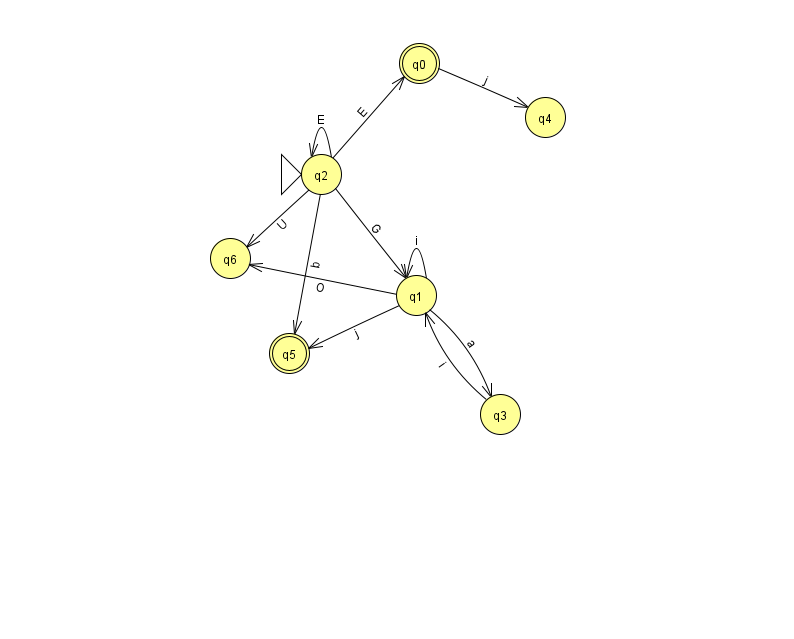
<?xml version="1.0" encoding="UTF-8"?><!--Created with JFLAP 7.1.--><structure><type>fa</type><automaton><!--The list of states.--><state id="0" name="q0"><x>419.0</x><y>50.0</y><final/></state><state id="1" name="q1"><x>416.0</x><y>282.0</y></state><state id="2" name="q2"><x>321.0</x><y>161.0</y><initial/></state><state id="3" name="q3"><x>500.0</x><y>401.0</y></state><state id="4" name="q4"><x>545.0</x><y>104.0</y></state><state id="5" name="q5"><x>289.0</x><y>340.0</y><final/></state><state id="6" name="q6"><x>230.0</x><y>245.0</y></state><!--The list of transitions.--><transition><from>1</from><to>5</to><read>j</read></transition><transition><from>2</from><to>0</to><read>E</read></transition><transition><from>2</from><to>5</to><read>b</read></transition><transition><from>1</from><to>3</to><read>a</read></transition><transition><from>0</from><to>4</to><read>j</read></transition><transition><from>2</from><to>6</to><read>U</read></transition><transition><from>2</from><to>2</to><read>E</read></transition><transition><from>1</from><to>6</to><read>O</read></transition><transition><from>1</from><to>1</to><read>i</read></transition><transition><from>3</from><to>1</to><read>i</read></transition><transition><from>2</from><to>1</to><read>G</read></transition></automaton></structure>